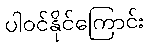
ပါဝင်နိုင်ကြောင်း